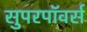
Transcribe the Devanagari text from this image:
सुपरपॉवर्स